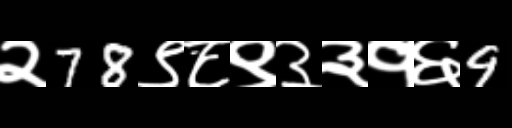
Text: २78९८९३३१६9